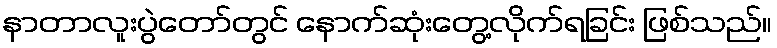
နာတာလူးပွဲတော်တွင် နောက်ဆုံးတွေ့လိုက်ရခြင်း ဖြစ်သည်။